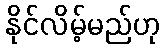
နိုင်လိမ့်မည်ဟု